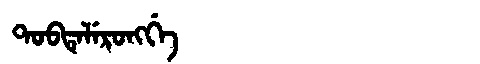
Manchu: ᡨᠣᠪᡨᡝᠯᡝᡵᠣᠩᡤᡝ
Romanization: TOBTELERONGGE